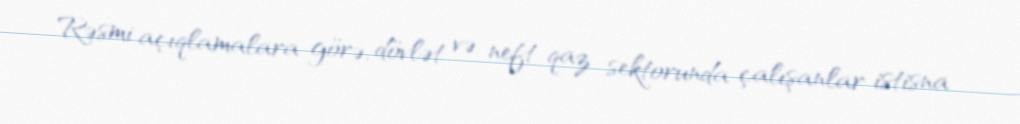
Rəsmi açıqlamalara görə, dövlət və neft-qaz sektorunda çalışanlar istisna